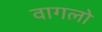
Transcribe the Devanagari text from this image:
वागलो